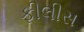
ફીલીસ